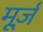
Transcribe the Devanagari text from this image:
मूर्ज़